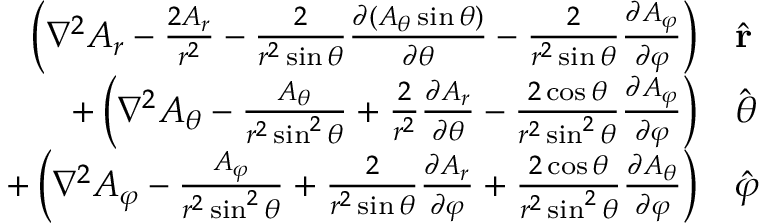
{ \begin{array} { r l } { \left( \nabla ^ { 2 } A _ { r } - { \frac { 2 A _ { r } } { r ^ { 2 } } } - { \frac { 2 } { r ^ { 2 } \sin \theta } } { \frac { \partial \left( A _ { \theta } \sin \theta \right) } { \partial \theta } } - { \frac { 2 } { r ^ { 2 } \sin \theta } } { \frac { \partial A _ { \varphi } } { \partial \varphi } } \right) } & { { \hat { \mathbf { r } } } } \\ { + \left( \nabla ^ { 2 } A _ { \theta } - { \frac { A _ { \theta } } { r ^ { 2 } \sin ^ { 2 } \theta } } + { \frac { 2 } { r ^ { 2 } } } { \frac { \partial A _ { r } } { \partial \theta } } - { \frac { 2 \cos \theta } { r ^ { 2 } \sin ^ { 2 } \theta } } { \frac { \partial A _ { \varphi } } { \partial \varphi } } \right) } & { { \hat { \boldsymbol { \theta } } } } \\ { + \left( \nabla ^ { 2 } A _ { \varphi } - { \frac { A _ { \varphi } } { r ^ { 2 } \sin ^ { 2 } \theta } } + { \frac { 2 } { r ^ { 2 } \sin \theta } } { \frac { \partial A _ { r } } { \partial \varphi } } + { \frac { 2 \cos \theta } { r ^ { 2 } \sin ^ { 2 } \theta } } { \frac { \partial A _ { \theta } } { \partial \varphi } } \right) } & { { \hat { \boldsymbol { \varphi } } } } \end{array} }